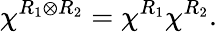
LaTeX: \chi^{R_{1}\otimes R_{2}}=\chi^{R_{1}}\chi^{R_{2}}.